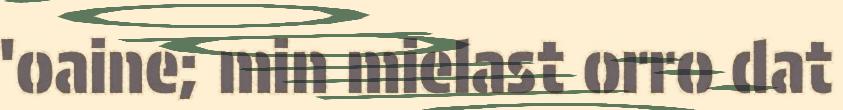
'oaine; min mielast orro dat